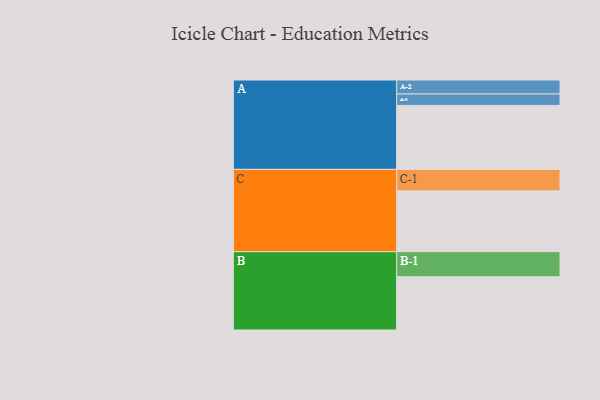
{"axis": {"x": "Segment", "y": "Value"}, "legend": ["", "A", "B", "C"], "data": [{"x": "A", "y": 567, "type": ""}, {"x": "B", "y": 472, "type": ""}, {"x": "C", "y": 539, "type": ""}, {"x": "A-1", "y": 101, "type": "A"}, {"x": "A-2", "y": 124, "type": "A"}, {"x": "B-1", "y": 222, "type": "B"}, {"x": "C-1", "y": 190, "type": "C"}]}